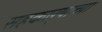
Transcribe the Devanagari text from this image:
सहकार्‍याच्या